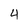
Character: 4